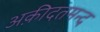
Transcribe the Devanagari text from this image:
अक़ीदतमन्द